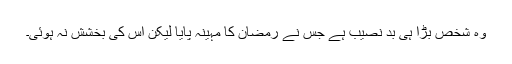
وہ شخص بڑا ہی بد نصیب ہے جس نے رمضان کا مہینہ پایا لیکن اس کی بخشش نہ ہوئی۔